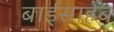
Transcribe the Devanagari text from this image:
बाईसाहेब